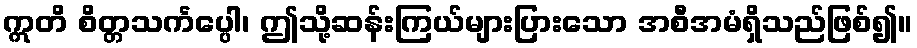
ဣတိ စိတ္တသင်္ကပ္ပေါ၊ ဤသို့ဆန်းကြယ်များပြားသော အစီအမံရှိသည်ဖြစ်၍။